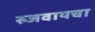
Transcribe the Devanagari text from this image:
रुजवायचा